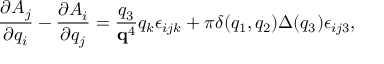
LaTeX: \frac { \partial A _ { j } } { \partial q _ { i } } - \frac { \partial A _ { i } } { \partial q _ { j } } = \frac { q _ { 3 } } { { \bf q } ^ { 4 } } q _ { k } \epsilon _ { i j k } + \pi \delta ( q _ { 1 } , q _ { 2 } ) \Delta ( q _ { 3 } ) \epsilon _ { i j 3 } ,